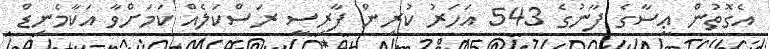
އެގޮތުން ޢީސާގެ ފާނުގެ 543 އަހަރު ކުރިން ފާރިސީ ރަސްކަލެއް ކަމަށްވާ އަކާމެނިޑް